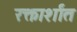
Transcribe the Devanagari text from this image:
रक्तार्शांत